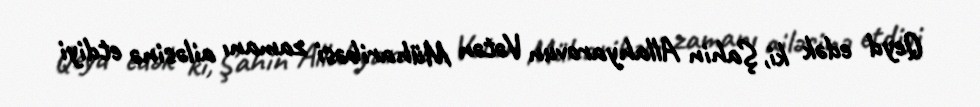
Qeyd edək ki, Şahin Allahyarovun Vətən Müharibəsi zamanı ailəsinə etdiyi